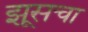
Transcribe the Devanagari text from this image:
झूसचा